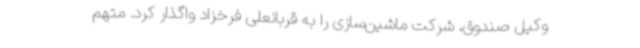
وکیل صندوق، شرکت ماشین‌سازی را به قربانعلی فرخزاد واگذار کرد. متهم